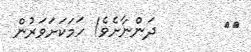
١٢        ދަންނާށެވެ! ހަމަކަށަވަރުން